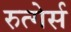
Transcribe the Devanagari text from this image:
रुत्गेर्स